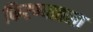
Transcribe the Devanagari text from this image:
फिरण्यातला